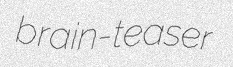
brain-teaser